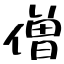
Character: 僧